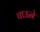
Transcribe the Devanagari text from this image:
चाऊने